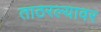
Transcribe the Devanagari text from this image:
ताठरल्यावर